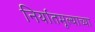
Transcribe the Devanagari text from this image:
निर्यातमूल्याच्या